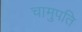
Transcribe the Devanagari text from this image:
चामुपति